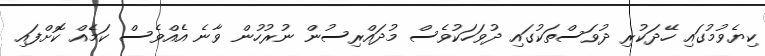
ކިޔެވުމުގައި ހޭދަކުރި ދުވަސްތަކުގައި ދުވަހަކުވެސް މުދައްރިސުން ނުރުހުން ވާނެ އެއްވެސް ކަމެއް ކޮށްފައި